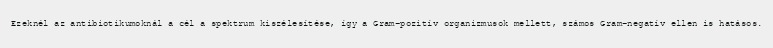
Ezeknél az antibiotikumoknál a cél a spektrum kiszélesítése, így a Gram-pozitív organizmusok mellett, számos Gram-negatív ellen is hatásos.